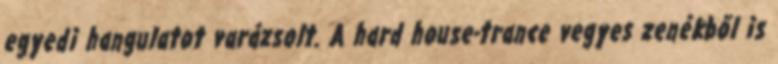
egyedi hangulatot varázsolt. A hard house-trance vegyes zenékből is